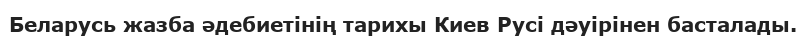
Беларусь жазба әдебиетінің тарихы Киев Русі дәуірінен басталады.